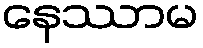
နေဿာမ